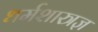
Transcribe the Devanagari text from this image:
धर्मशास्त्रज्ञ